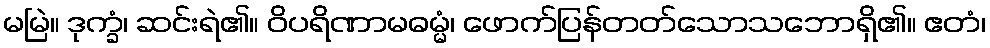
မမြဲ။ ဒုက္ခံ၊ ဆင်းရဲ၏။ ဝိပရိဏာမဓမ္မံ၊ ဖောက်ပြန်တတ်သောသဘောရှိ၏။ ဧတံ၊